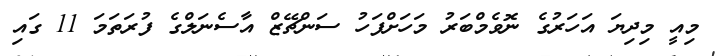
މިއީ މިދިޔަ އަހަރުގެ ނޮވެމްބަރު މަހަށްފަހު ސަންޗޭޒް އާސެނަލްގެ ފުރަތަމަ 11 ގައި